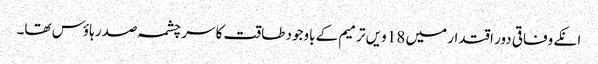
انکے وفاقی دور اقتدار میں 18 ویں ترمیم کے باوجود طاقت کا سر چشمہ صدر ہاؤس تھا۔